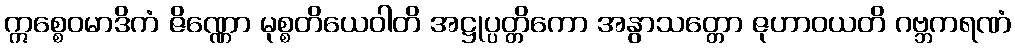
ဣစ္စေဝမာဒိကံ ဇိဏ္ဏော မုစ္စတိယေဝါတိ အဋ္ဌုပ္ပတ္တိကော အနွာသတ္တော ဇုဟာဝယတိ ဂဗ္ဘကရဏံ